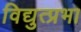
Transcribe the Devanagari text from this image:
विद्युत्प्रभा